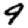
Digit: 9